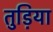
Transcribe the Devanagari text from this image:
तुड़िया